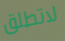
لاتطلق